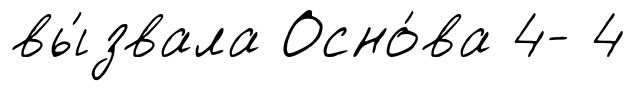
вы́звала Осно́ва 4- 4